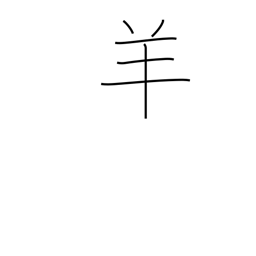
Meaning: sheep